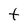
Character: t